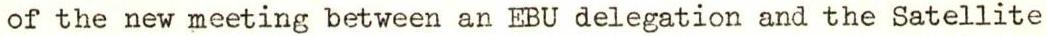
of the new meeting between an EBU delegation and the Satellite